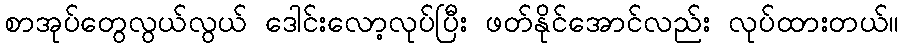
စာအုပ်တွေလွယ်လွယ် ဒေါင်းလော့လုပ်ပြီး ဖတ်နိုင်အောင်လည်း လုပ်ထားတယ်။